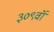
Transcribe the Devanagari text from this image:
३०९वॉ